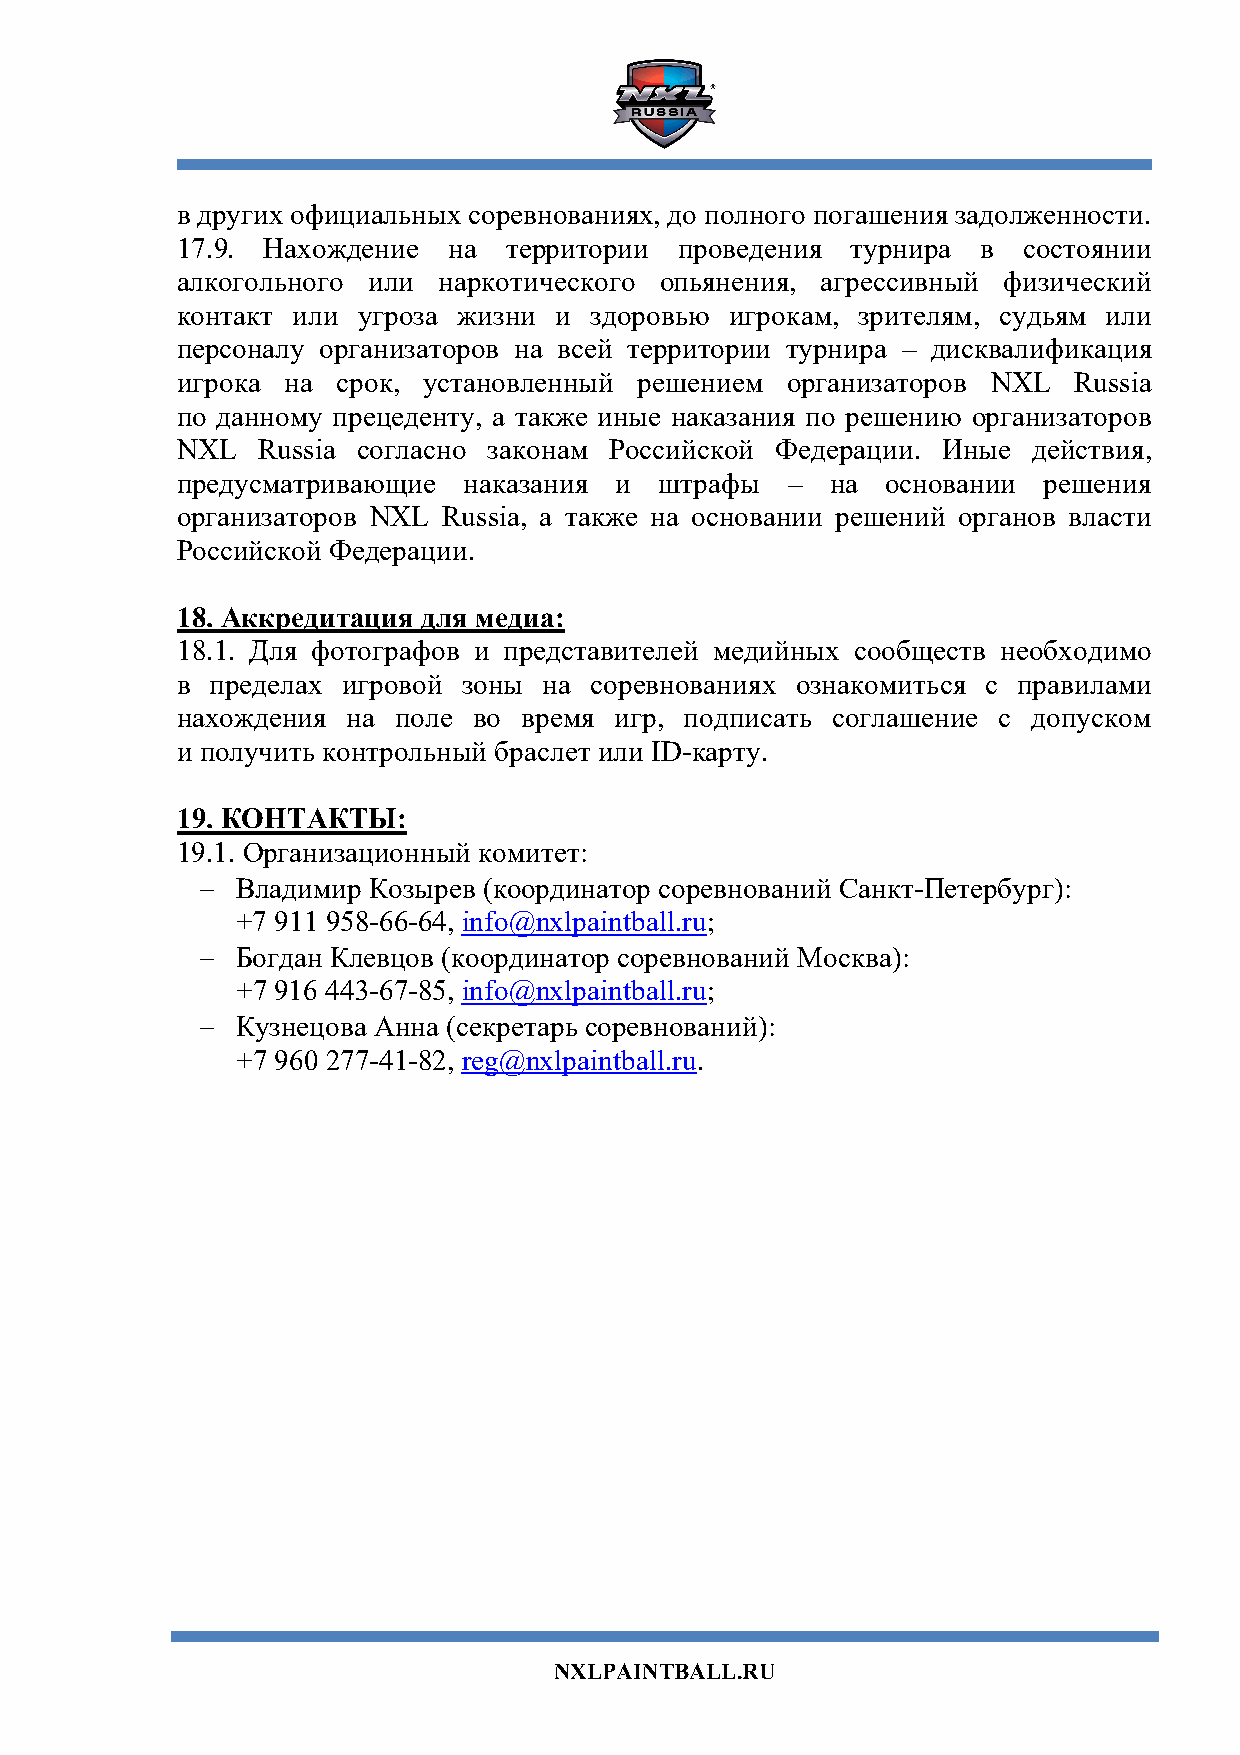
в других официальных соревнованиях, до полного погашения задолженности.
 17.9. Нахождение  на территории  проведения турнира  в  состоянии
 алкогольного или наркотического опьянения, агрессивный физический
 контакт или угроза жизни и здоровью игрокам, зрителям, судьям или
 персоналу организаторов на всей территории турнира – дисквалификация
 игрока на срок, установленный решением  организаторов NXL  Russia
 по данному прецеденту, а также иные наказания по решению организаторов
 NXL  Russia согласно законам Российской Федерации. Иные действия,
 предусматривающие  наказания и  штрафы  –  на  основании решения
 организаторов NXL Russia, а также на основании решений органов власти
 Российской Федерации.
 18. Аккредитация для медиа:
 18.1. Для фотографов и представителей медийных сообществ необходимо
 в пределах игровой зоны на соревнованиях ознакомиться с правилами
 нахождения на поле во  время игр, подписать соглашение с допуском
 и получить контрольный браслет или ID-карту.
 19. КОНТАКТЫ:
 19.1. Организационный комитет:
 -  Владимир Козырев (координатор соревнований Санкт-Петербург):
 +7 911 958-66-64, info@nxlpaintball.ru;
 -  Богдан Клевцов (координатор соревнований Москва):
 +7 916 443-67-85, info@nxlpaintball.ru;
 -  Кузнецова Анна (секретарь соревнований):
 +7 960 277-41-82, reg@nxlpaintball.ru.
 NXLPAINTBALL.RU